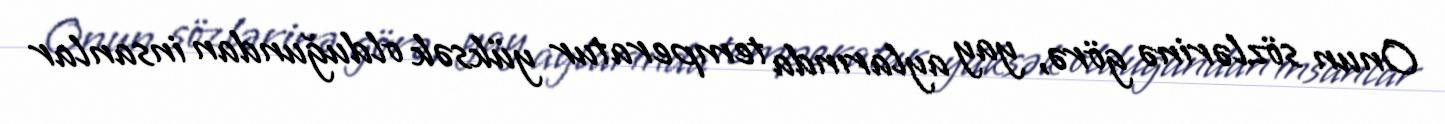
Onun sözlərinə görə, yay aylarında temperatur yüksək olduğundan insanlar